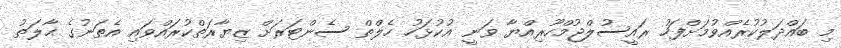
މި ބައްދަލުކުރެއްވުމަށްފަހު ރައީސުލްޖުމްހޫރިއްޔާ ވަނީ އުކުޅަހު ހެލްތް ސެންޓަރަށް ޒިޔާރަތްކުރައްވައި އެތަނުގެ ޙާލަތު